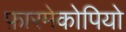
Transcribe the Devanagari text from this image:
फ़ारमेकोपियो